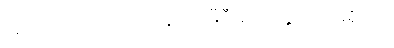
အစ်မတို့ ငယ်ငယ်တုန်းက မီဒီယာတွေ သိပ်မရှိဘူး။